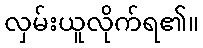
လှမ်းယူလိုက်ရ၏။